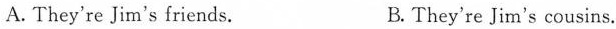
A. They're Jim's friends. B. They're Jim's cousins.